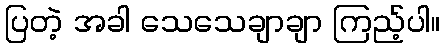
ပြတဲ့ အခါ သေသေချာချာ ကြည့်ပါ။